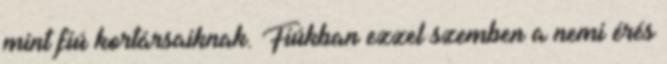
mint fiú kortársaiknak. Fiúkban ezzel szemben a nemi érés